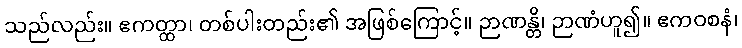
သည်လည်း။ ဧကတ္ထာ၊ တစ်ပါးတည်း၏ အဖြစ်ကြောင့်။ ဉာဏန္တိ၊ ဉာဏံဟူ၍။ ဧကဝစနံ၊